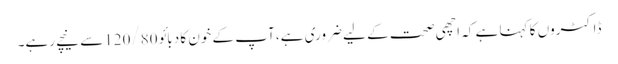
ڈاکٹروں کا کہنا ہے کہ اچھی صحت کے لیے ضروری ہے، آپ کے خون کا دبائو 120/80سے نیچے رہے۔